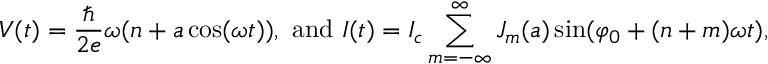
V ( t ) = { \frac { \hbar } { 2 e } } \omega ( n + a \cos ( \omega t ) ) , { \mathrm { ~ a n d ~ } } I ( t ) = I _ { c } \sum _ { m = - \infty } ^ { \infty } J _ { m } ( a ) \sin ( \varphi _ { 0 } + ( n + m ) \omega t ) ,